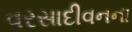
વરસાદીવનના